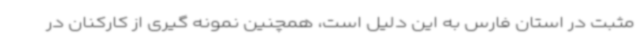
مثبت در استان فارس به این دلیل است، همچنین نمونه گیری از کارکنان در